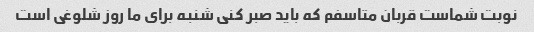
نوبت شماست قربان متاسفم که باید صبر کنی شنبه برای ما روز شلوغی است